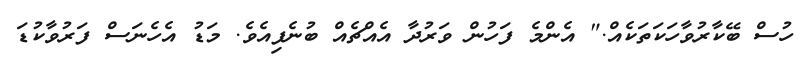
ހުސް ބޭކާރުވާހަކަތަކެއް." އެންމެ ފަހުން ވަރުދާ އެއްޗެއް ބުނެފިއެވެ. މަޑު އެހެނަސް ފަރުވާކުޑަ